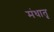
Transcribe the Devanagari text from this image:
मंधातृ